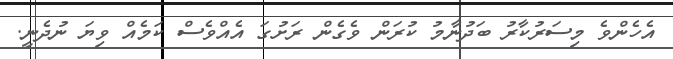
އެހެންވެ މިސަރުކާރު ބަދުނާމު ކުރަން ވެގެން ރަށުގަ އެއްވެސް ކަމެއް ވިޔަ ނުދެނީ.